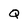
Character: Q